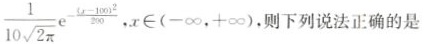
$$\frac{1}{10 \sqrt{2 \pi}} \mathrm{e}^{-\frac{(-100)^{2}}{200}}$$, $$x \in(-\infty,+\infty)$$,则下列说法正确的是